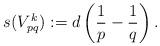
LaTeX: \begin{align*} s(V_{pq}^k):=d\left(\frac1p-\frac1q\right).\end{align*}